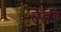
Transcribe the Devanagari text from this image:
ऐंवर